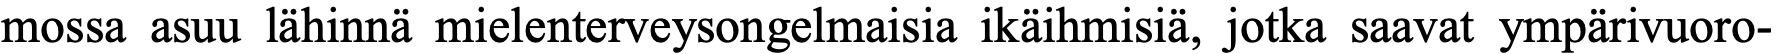
mossa asuu lähinnä mielenterveysongelmaisia ikäihmisiä, jotka saavat ympärivuoro-